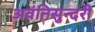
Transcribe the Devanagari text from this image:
अवंतिसुन्दरी